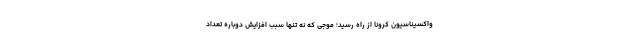
واکسیناسیون کرونا از راه رسید؛ موجی که نه تنها سبب افزایش دوباره تعداد